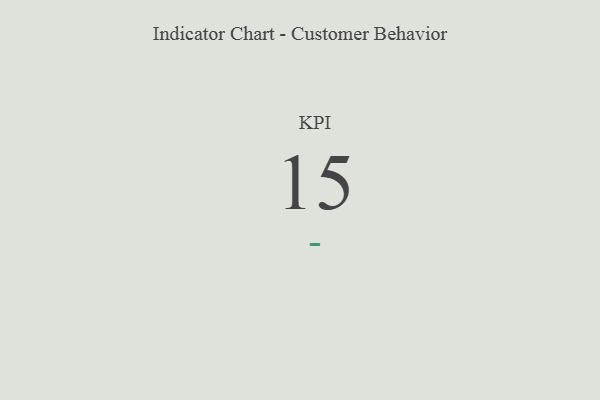
{"axis": {"x": "KPI", "y": "Value"}, "legend": [""], "data": [{"x": "KPI", "y": 15, "type": ""}]}